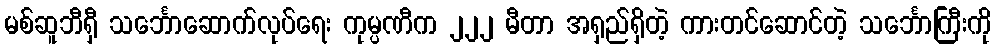
မစ်ဆူဘီရှီ သင်္ဘောဆောက်လုပ်ရေး ကုမ္ပဏီက ၂၂၂ မီတာ အရှည်ရှိတဲ့ ကားတင်ဆောင်တဲ့ သင်္ဘောကြီးကို